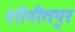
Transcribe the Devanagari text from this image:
शोनीतपुर